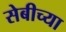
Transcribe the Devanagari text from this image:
सेबीच्या